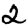
Digit: 2